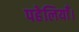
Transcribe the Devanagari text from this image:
पहेलियाँ।